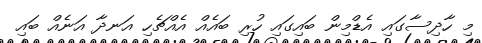
މި ހާދިސާގައި އެޑްމިން ބައިގައި ހުރި ބައެއް އެއްޗެހި އަނދާ އަނެއް ބައި